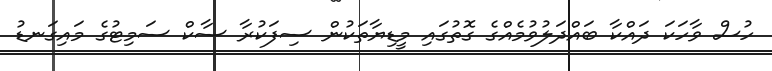
ހުސް ވާހަކަ ދައްކާ ބައްދަލުވުމެއްގެ ގޮތުގައި މީޑިޔާތަކުން ސިފަކުރާ ސާކް ސަމިޓުގެ މައިގަނޑު